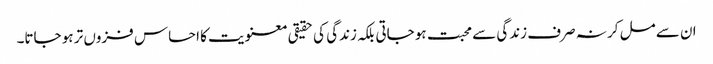
ان سے مل کر نہ صرف زندگی سے محبت ہو جاتی بلکہ زندگی کی حقیقی معنویت کا احساس فزوں تر ہو جاتا۔